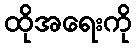
ထိုအရေးကို